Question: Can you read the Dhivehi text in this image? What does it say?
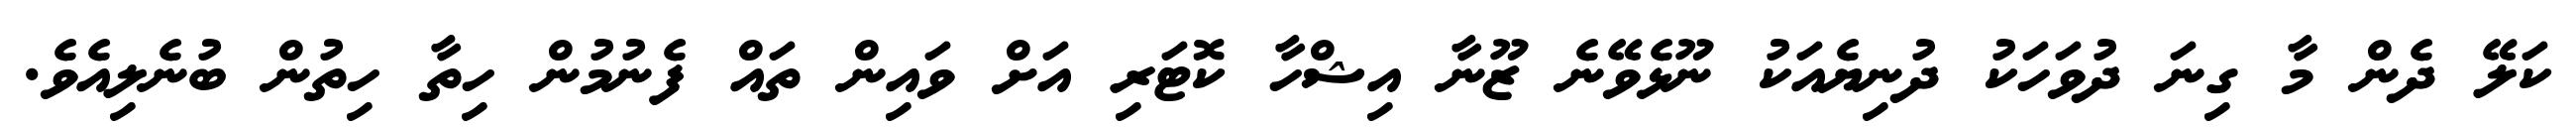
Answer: ކަލޭ ދެން މާ ގިނަ ދުވަހަކު ދުނިޔެއަކު ނޫޅެވޭނެ ޒޫނާ އިޝްހާ ކޮޓަރި އަށް ވައިން ތައް ފެނުމުން ހިތާ ހިތުން ބުނެލިއެވެ.